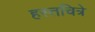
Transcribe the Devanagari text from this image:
हस्तचित्रे